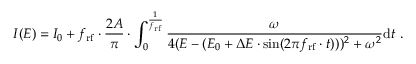
I ( E ) = I _ { 0 } + f _ { \mathrm { r f } } \cdot \frac { 2 A } { \pi } \cdot \int _ { 0 } ^ { \frac { 1 } { f _ { \mathrm { r f } } } } \frac { \omega } { 4 ( E - ( E _ { 0 } + \Delta E \cdot \sin ( 2 \pi f _ { \mathrm { r f } } \cdot t ) ) ) ^ { 2 } + \omega ^ { 2 } } \mathrm { d } t \ .